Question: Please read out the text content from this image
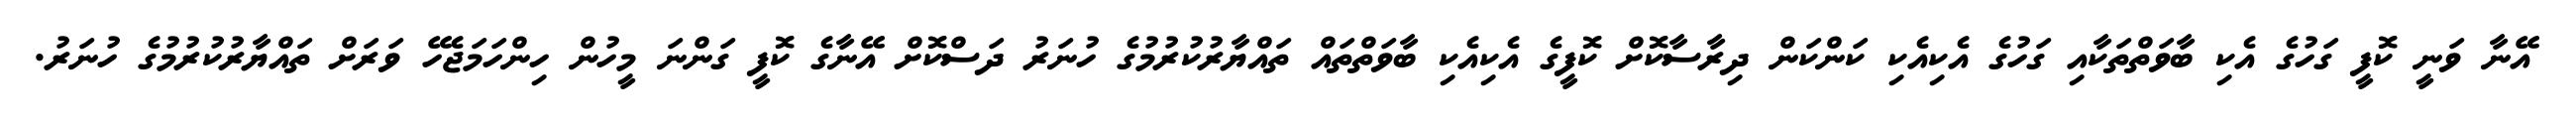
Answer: އޭނާ ވަނީ ކޮފީ ގަހުގެ އެކި ބާވަތްތަކާއި ގަހުގެ އެކިއެކި ކަންކަން ދިރާސާކޮށް ކޮފީގެ އެކިއެކި ބާވަތްތައް ތައްޔާރުކުރުމުގެ ހުނަރު ދަސްކޮށް އޭނާގެ ކޮފީ ގަންނަ މީހުން ހިންހަމަޖެހޭ ވަރަށް ތައްޔާރުކުރުމުގެ ހުނަރު.